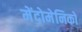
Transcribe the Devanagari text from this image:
मेंदोमेनिको